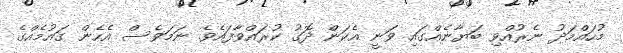
މުހައްމަދު ނެރުއްވި ބަޔާނެއްގައި ވަނީ އެކަން ދޮގު ކުރައްވާފައެވެ. ނަމަވެސް އެހެން ގައުމެއްގެ